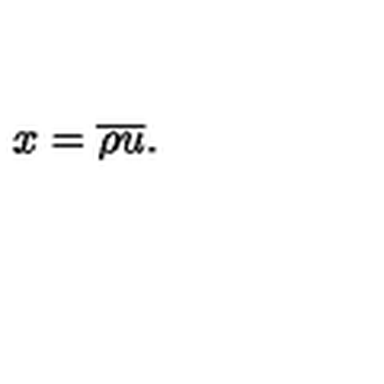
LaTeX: x = { \overline { \rho } } { \overline { u } } .